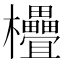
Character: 𣡭